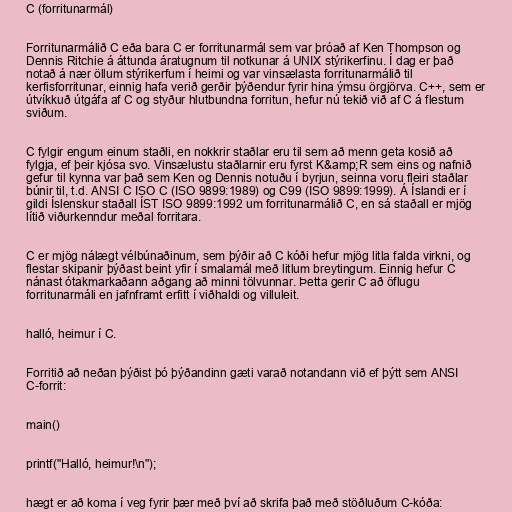
C (forritunarmál)

Forritunarmálið C eða bara C er forritunarmál sem var þróað af Ken Thompson og
Dennis Ritchie á áttunda áratugnum til notkunar á UNIX stýrikerfinu. Í dag er það
notað á nær öllum stýrikerfum í heimi og var vinsælasta forritunarmálið til
kerfisforritunar, einnig hafa verið gerðir þýðendur fyrir hina ýmsu örgjörva. C++, sem er
útvíkkuð útgáfa af C og styður hlutbundna forritun, hefur nú tekið við af C á flestum
sviðum.

C fylgir engum einum staðli, en nokkrir staðlar eru til sem að menn geta kosið að
fylgja, ef þeir kjósa svo. Vinsælustu staðlarnir eru fyrst K&amp;R sem eins og nafnið
gefur til kynna var það sem Ken og Dennis notuðu í byrjun, seinna voru fleiri staðlar
búnir til, t.d. ANSI C ISO C (ISO 9899:1989) og C99 (ISO 9899:1999). Á Íslandi er í
gildi Íslenskur staðall ÍST ISO 9899:1992 um forritunarmálið C, en sá staðall er mjög
lítið viðurkenndur meðal forritara.

C er mjög nálægt vélbúnaðinum, sem þýðir að C kóði hefur mjög litla falda virkni, og
flestar skipanir þýðast beint yfir í smalamál með litlum breytingum. Einnig hefur C
nánast ótakmarkaðann aðgang að minni tölvunnar. Þetta gerir C að öflugu
forritunarmáli en jafnframt erfitt í viðhaldi og villuleit.

halló, heimur í C.

Forritið að neðan þýðist þó þýðandinn gæti varað notandann við ef þýtt sem ANSI
C-forrit:

main()

printf("Halló, heimur!\n");

hægt er að koma í veg fyrir þær með því að skrifa það með stöðluðum C-kóða: